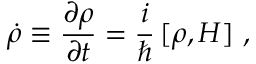
\dot { \rho } \equiv { \frac { \partial \rho } { \partial t } } = { \frac { i } { \hbar } } \, [ \rho , H ] \ ,